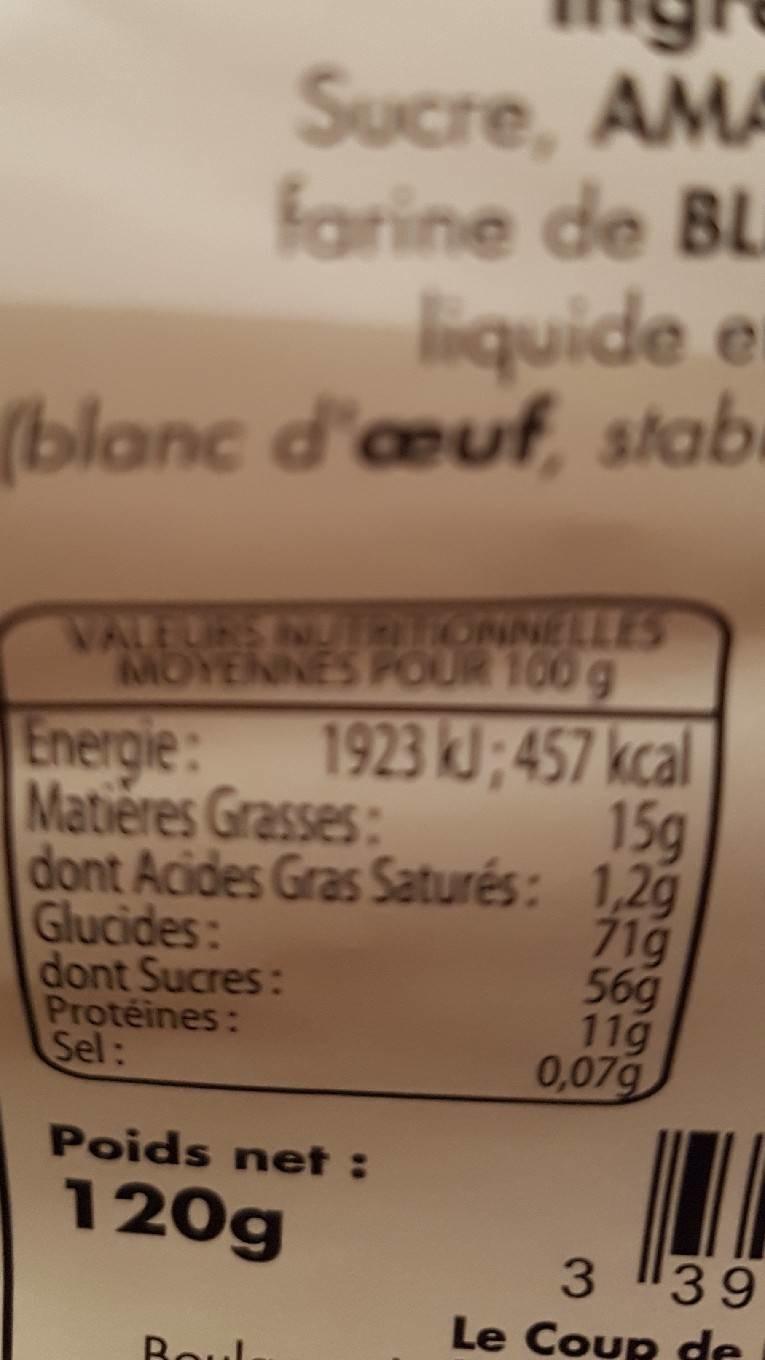
Sucre, AMA farine de BL liquide e
(blanc d'œuf, stab
VALEURS NUTRITIONNELLES MOYENNES POUR 100 g
Energie: Matières Grasses:
dont Acides Gras Saturés:
Glucides:
dont Sucres: Protéines:
Sel:
1923 kJ;457 kcal 15g
1,2g
71g
56g
11g
0,07g
Poids net :
120g
Boul
3 39 Le Coup de